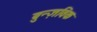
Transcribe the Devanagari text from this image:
ब्रुन्ज़विक